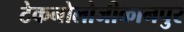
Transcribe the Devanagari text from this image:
टेकनोलोजीकानपुर